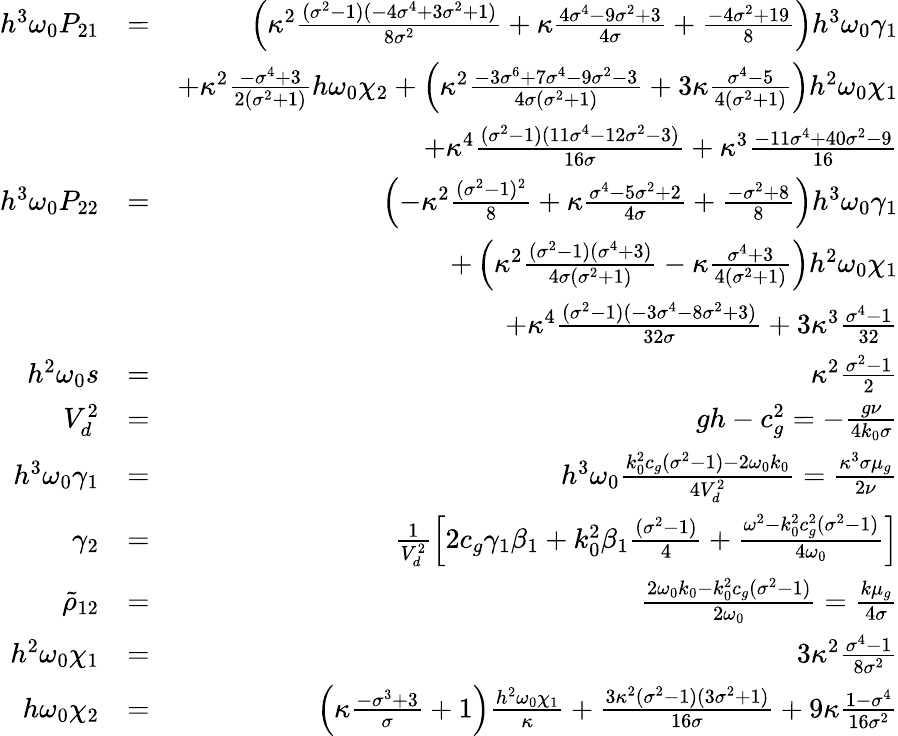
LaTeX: \begin{array}{rlr}{h^{3}\omega_{0}P_{21}}&{=}&{\left(\kappa^{2}\frac{(\sigma^{2}-1)(-4\sigma^{4}+3\sigma^{2}+1)}{8\sigma^{2}}+\kappa\frac{4\sigma^{4}-9\sigma^{2}+3}{4\sigma}+\frac{-4\sigma^{2}+19}{8}\right)h^{3}\omega_{0}\gamma_{1}}\\ &{}&{+\kappa^{2}\frac{-\sigma^{4}+3}{2(\sigma^{2}+1)}h\omega_{0}\chi_{2}+\left(\kappa^{2}\frac{-3\sigma^{6}+7\sigma^{4}-9\sigma^{2}-3}{4\sigma(\sigma^{2}+1)}+3\kappa\frac{\sigma^{4}-5}{4(\sigma^{2}+1)}\right)h^{2}\omega_{0}\chi_{1}}\\ &{}&{+\kappa^{4}\frac{(\sigma^{2}-1)(11\sigma^{4}-12\sigma^{2}-3)}{16\sigma}+\kappa^{3}\frac{-11\sigma^{4}+40\sigma^{2}-9}{16}}\\ {h^{3}\omega_{0}P_{22}}&{=}&{\left(-\kappa^{2}\frac{(\sigma^{2}-1)^{2}}{8}+\kappa\frac{\sigma^{4}-5\sigma^{2}+2}{4\sigma}+\frac{-\sigma^{2}+8}{8}\right)h^{3}\omega_{0}\gamma_{1}}\\ &{}&{+\left(\kappa^{2}\frac{(\sigma^{2}-1)(\sigma^{4}+3)}{4\sigma(\sigma^{2}+1)}-\kappa\frac{\sigma^{4}+3}{4(\sigma^{2}+1)}\right)h^{2}\omega_{0}\chi_{1}}\\ &{}&{+\kappa^{4}\frac{(\sigma^{2}-1)(-3\sigma^{4}-8\sigma^{2}+3)}{32\sigma}+3\kappa^{3}\frac{\sigma^{4}-1}{32}}\\ {h^{2}\omega_{0}s}&{=}&{\kappa^{2}\frac{\sigma^{2}-1}{2}}\\ {V_{d}^{2}}&{=}&{gh-c_{g}^{2}=-\frac{g\nu}{4k_{0}\sigma}}\\ {h^{3}\omega_{0}\gamma_{1}}&{=}&{h^{3}\omega_{0}\frac{k_{0}^{2}c_{g}(\sigma^{2}-1)-2\omega_{0}k_{0}}{4V_{d}^{2}}=\frac{\kappa^{3}\sigma\mu_{g}}{2\nu}}\\ {\gamma_{2}}&{=}&{\frac{1}{V_{d}^{2}}\left[2c_{g}\gamma_{1}\beta_{1}+k_{0}^{2}\beta_{1}\frac{(\sigma^{2}-1)}{4}+\frac{\omega^{2}-k_{0}^{2}c_{g}^{2}(\sigma^{2}-1)}{4\omega_{0}}\right]}\\ {\tilde{\rho}_{12}}&{=}&{\frac{2\omega_{0}k_{0}-k_{0}^{2}c_{g}(\sigma^{2}-1)}{2\omega_{0}}=\frac{k\mu_{g}}{4\sigma}}\\ {h^{2}\omega_{0}\chi_{1}}&{=}&{3\kappa^{2}\frac{\sigma^{4}-1}{8\sigma^{2}}}\\ {h\omega_{0}\chi_{2}}&{=}&{\left(\kappa\frac{-\sigma^{3}+3}{\sigma}+1\right)\frac{h^{2}\omega_{0}\chi_{1}}{\kappa}+\frac{3\kappa^{2}(\sigma^{2}-1)(3\sigma^{2}+1)}{16\sigma}+9\kappa\frac{1-\sigma^{4}}{16\sigma^{2}}}\end{array}